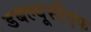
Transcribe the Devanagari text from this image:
डबल्यूसीएफ